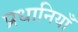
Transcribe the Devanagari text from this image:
प्रधानियाँ